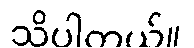
သိပါတယ်။